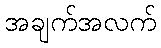
အချက်အလက်